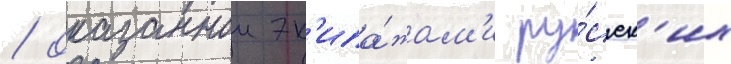
/ оказаннои эк'ипа́жам'и ру́сск'их